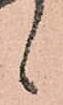
候